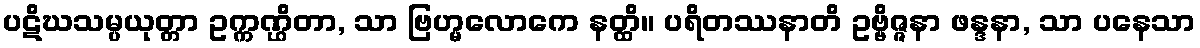
ပဋိဃသမ္ပယုတ္တာ ဥက္ကဏ္ဌိတာ, သာ ဗြဟ္မလောကေ နတ္ထိ။ ပရိတဿနာတိ ဥဗ္ဗိဇ္ဇနာ ဖန္ဒနာ, သာ ပနေသာ